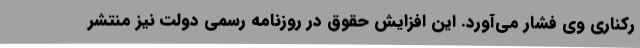
رکناری وی فشار می‌آورد. این افزایش حقوق در روزنامه رسمی دولت نیز منتشر